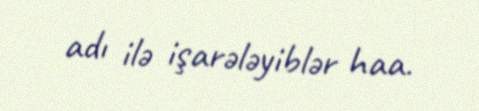
adı ilə işarələyiblər haa.